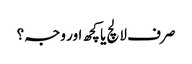
صرف لالچ یا کچھ اور وجہ؟